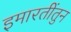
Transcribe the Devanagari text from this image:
इमारतींतुन